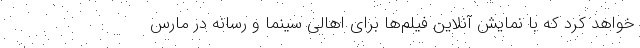
خواهد کرد که با نمایش آنلاین فیلم‌ها برای اهالی سینما و رسانه در مارس